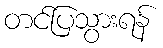
တင်ပြသွားရန်